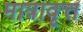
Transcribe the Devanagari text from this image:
मात्रावृत्त